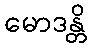
မောဒန္တိ